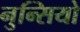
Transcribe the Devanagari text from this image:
नुन्सियो